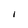
Character: I